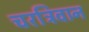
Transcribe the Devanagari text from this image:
चरत्रिवान